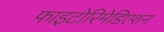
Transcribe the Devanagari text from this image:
फाइटोरिमेडिएशन